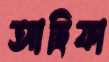
আছিফা